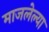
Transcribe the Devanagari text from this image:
माजलेल्या